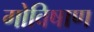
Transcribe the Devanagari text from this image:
गोविषाण